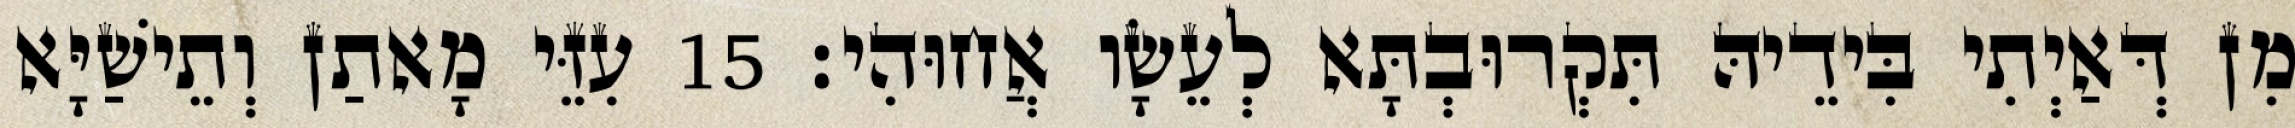
מִן דְּאַיְתִי בִּידֵיהּ תִּקְרוּבְתָּא לְעֵשָׂו אֲחוּהִי׃ 15 עִזֵּי מָאתַן וְתֵישַׁיָּא